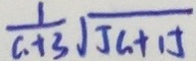
\frac { 1 } { G + 3 } \sqrt { J G + 1 J }